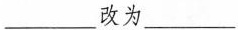
___改为___